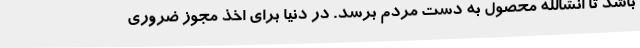
باشد تا انشالله محصول به دست مردم برسد. در دنیا برای اخذ مجوز ضروری